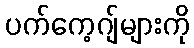
ပက်ကေ့ဂျ်များကို